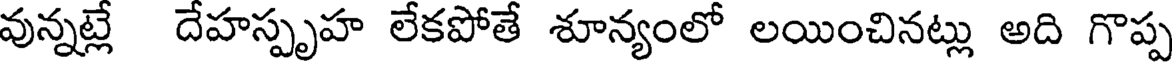
వున్నట్లే దేహస్పృహ లేకపోతే శూన్యంలో లయించినట్లు అది గొప్ప